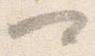
可